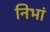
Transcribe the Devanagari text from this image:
निभां